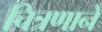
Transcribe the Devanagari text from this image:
चित्रणाने